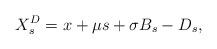
LaTeX: \begin{align*}X^D_s=x+ \mu s + \sigma B_s -D_s,\end{align*}